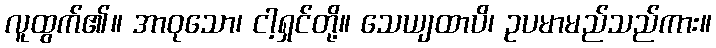
လူထွက်၏။ အာဝုသော၊ ငါ့ရှင်တို့။ သေယျထာပိ၊ ဥပမာမည်သည်ကား။